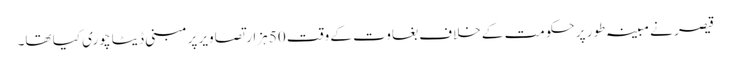
قیصر نے مبینہ طور پر حکومت کے خلاف بغاوت کے وقت 50 ہزار تصاویر پرمبنی ڈیٹا چوری کیا تھا۔